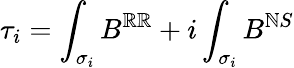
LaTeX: \tau_{i}=\int_{\sigma_{i}}B^{\mathbb{R}\mathbb{R}}+i\int_{\sigma_{i}}B^{\mathbb{N}S}